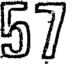
57